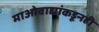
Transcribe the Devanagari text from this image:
माओवाद्यांकडूनही